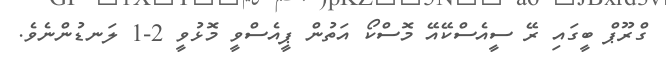
ގްރޫޕް ބީގައި ރޭ ސީއެސްކޭއޭ މޮސްކޯ އަތުން ޕީއެސްވީ މޮޅުވީ 2-1 ލަނޑުންނެވެ.